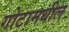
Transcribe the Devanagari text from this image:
गोटामधील